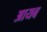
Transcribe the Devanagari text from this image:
आयब